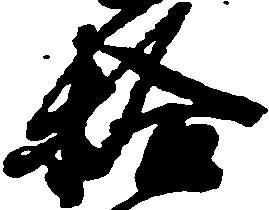
拾